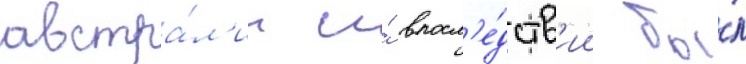
австра́л'ии и́ впосл'е́дств'ии бы́л